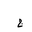
Letter: _gim